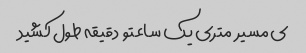
ی مسیر  متری یک ساعتو  دقیقه طول کشید